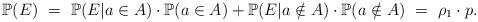
LaTeX: \begin{align*}\mathbb{P}(E)\ = \ \mathbb{P}(E|a\in A)\cdot\mathbb{P}(a\in A)+\mathbb{P}(E|a\notin A)\cdot\mathbb{P}(a\notin A)\ = \ \rho_1 \cdot p.\end{align*}